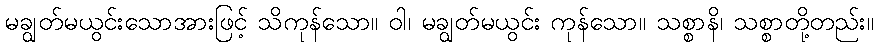
မချွတ်မယွင်းသောအားဖြင့် သိကုန်သော။ ဝါ၊ မချွတ်မယွင်း ကုန်သော။ သစ္စာနိ၊ သစ္စာတို့တည်း။